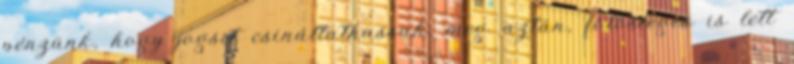
pénzünk, hogy jogsit csináltathassak, meg aztán, fölösleges is lett